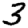
Digit: 3